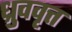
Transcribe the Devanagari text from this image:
ध्रुववृत्त